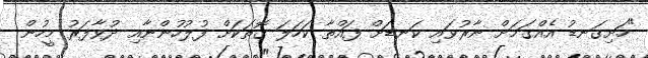
"ހަށިގަނޑު އެއްގަމަށް ނާރުވައި ކަނޑަށް ފައްތާ ކަހަލަ ގޮތަކަށް ފުލުހުންނާއި ދުވާފަރު މީހުން